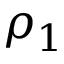
\rho _ { 1 }